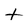
Character: t